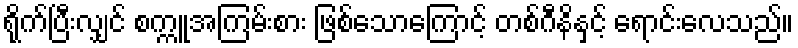
ရိုက်ပြီးလျှင် စက္ကူအကြမ်းစား ဖြစ်သောကြောင့် တစ်ဂီနိနှင့် ရောင်းလေသည်။